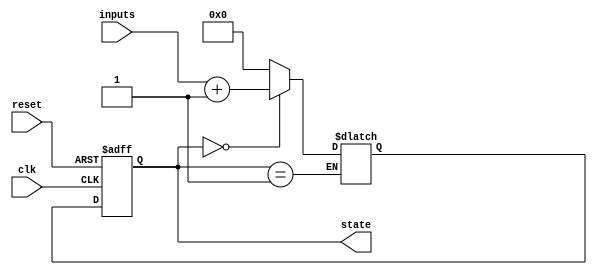
module SequentialLogicStateMachine (
    input wire clk,
    input wire reset,
    input wire [N-1:0] inputs,
    output reg [M-1:0] state
);

parameter N = 4; // Number of input bits
parameter M = 4; // Number of state bits

reg [M-1:0] next_state;

always @ (posedge clk or posedge reset) begin
    if (reset) begin
        state <= 0;
    end else begin
        state <= next_state;
    end
end

always @(*) begin
    case(state)
        4'b0000: begin // State 0
            // Combinatorial logic to determine next state based on inputs
            next_state = inputs + 1; // Example transition
        end
        4'b0001: begin // State 1
            // Combinatorial logic for state 1 transitions
        end
        // Add more cases for additional states
        default: begin
            next_state = 4'b0000; // Default state transition
        end
    endcase
end

endmodule